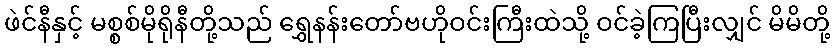
ဖဲင်နီနှင့် မစ္စစ်မိုရိုနီတို့သည် ရွှေနန်းတော်ဗဟိုဝင်းကြီးထဲသို့ ဝင်ခဲ့ကြပြီးလျှင် မိမိတို့